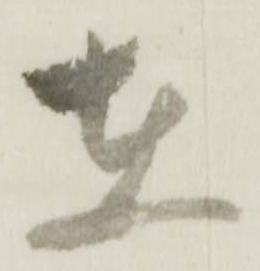
在